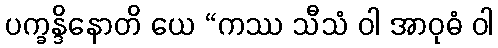
ပက္ခန္ဒိနောတိ ယေ “ကဿ သီသံ ဝါ အာဝုဓံ ဝါ